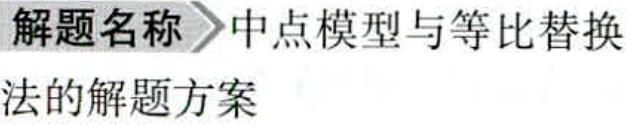
解题名称 中点模型与等比替换法的解题方案